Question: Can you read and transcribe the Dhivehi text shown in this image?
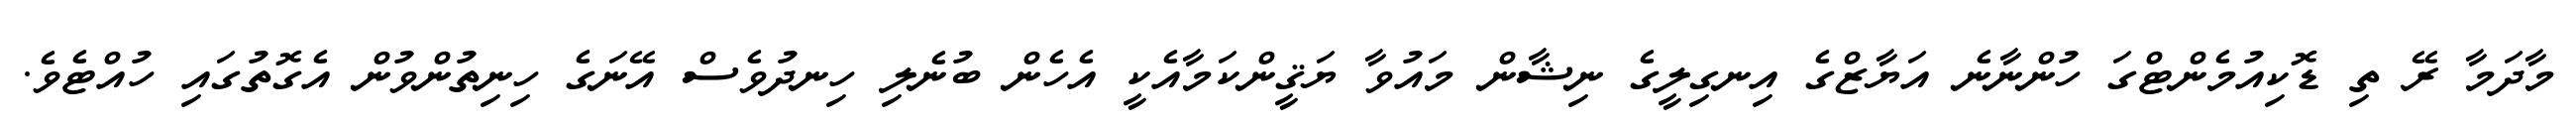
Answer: މާދަމާ ރޭ ތި ޑޮކިއުމެންޓްގަ ހުންނާނެ އަޔާޒްގެ އިނގިލީގެ ނިޝާން މައުވާ ޔަޤީންކަމާއެކީ އެހެން ބުނެލި ހިނދުވެސް އޭނަގެ ހިނިތުންވުން އެގޮތުގައި ހުއްޓެވެ.